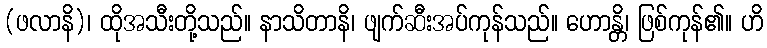
(ဖလာနိ)၊ ထိုအသီးတို့သည်။ နာသိတာနိ၊ ဖျက်ဆီးအပ်ကုန်သည်။ ဟောန္တိ၊ ဖြစ်ကုန်၏။ ဟိ